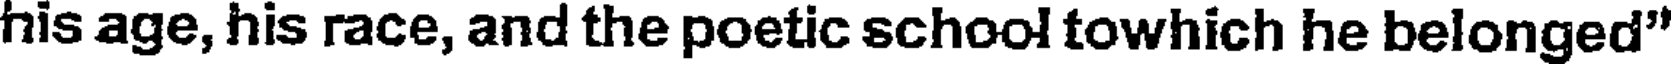
his age, his race, and the poetic school towhich he belonged"